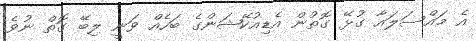
އެ މައްސަލައާ ގުޅޭ ގޮތުން އެޑިއުކޭޝަންގެ ބަހެއް ވަނީ ލިބޭ ގޮތް ނުވެ